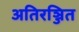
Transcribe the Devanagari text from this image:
अतिरञ्जित